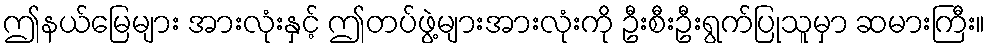
ဤနယ်မြေများ အားလုံးနှင့် ဤတပ်ဖွဲ့များအားလုံးကို ဦးစီးဦးရွက်ပြုသူမှာ ဆမားကြီး။